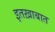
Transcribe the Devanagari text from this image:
इतख़ाबात